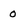
Character: 0